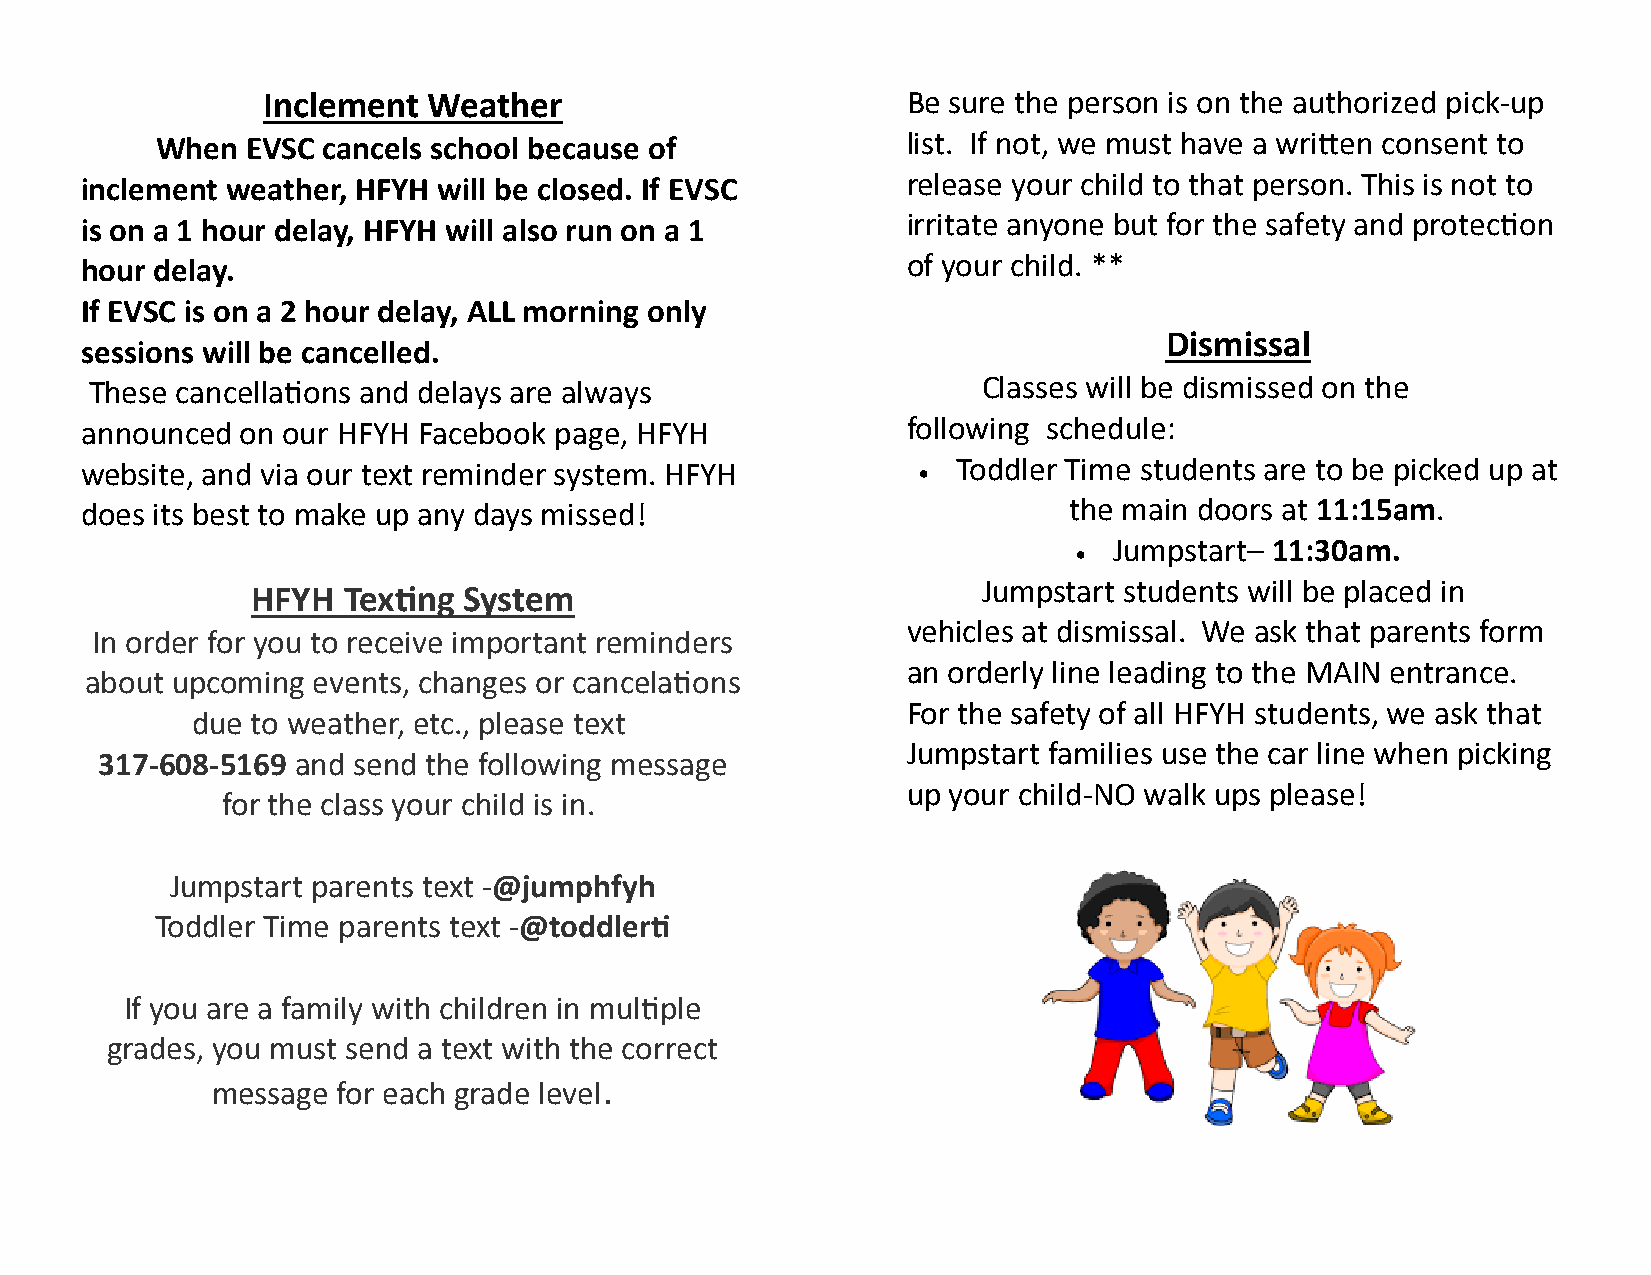
Inclement  Weather                         Be sure the person is on the authorized pick-up
 When  EVSC cancels school because of              list. If not, we must have a written consent to
 inclement weather, HFYH will be closed. If EVSC        release your child to that person. This is not to
 is on a 1 hour delay, HFYH will also run on a 1        irritate anyone but for the safety and protection
 hour delay.                                            of your child. **
 If EVSC is on a 2 hour delay, ALL morning only
 Dismissal
 sessions will be cancelled.
 These cancellations and delays are always                  Classes will be dismissed on the
 announced  on our HFYH Facebook page, HFYH             following schedule:
 website, and via our text reminder system. HFYH          Toddler Time students are to be picked up at
 does its best to make up any days missed!                         the main doors at 11:15am.
 
 Jumpstart– 11:30am.
 HFYH  Texting System                            Jumpstart students will be placed in
 vehicles at dismissal. We ask that parents form
 In order for you to receive important reminders
 an orderly line leading to the MAIN entrance.
 about upcoming events, changes or cancelations
 For the safety of all HFYH students, we ask that
 due to weather, etc., please text
 Jumpstart families use the car line when picking
 317-608-5169  and send the following message
 up your child-NO walk ups please!
 for the class your child is in.
 Jumpstart parents text -@jumphfyh
 Toddler Time parents text -@toddlerti
 If you are a family with children in multiple
 grades, you must send a text with the correct
 .
 message for each grade level